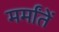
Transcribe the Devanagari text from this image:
मर्मांतें